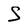
Character: S